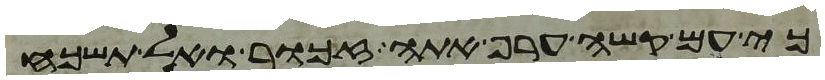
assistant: כי עם קשה ערף אתה זכור ואל תשכח